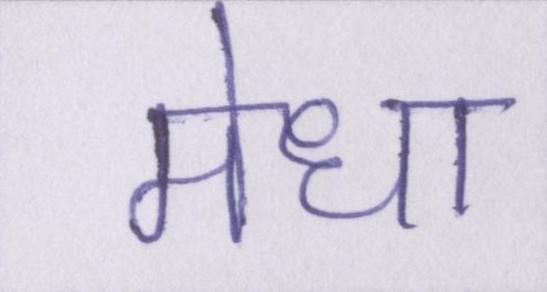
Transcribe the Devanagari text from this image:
मेधा